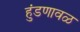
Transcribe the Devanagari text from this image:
हुंडणावळ